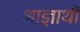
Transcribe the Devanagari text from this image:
आज्ञार्थी